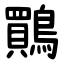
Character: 鷶